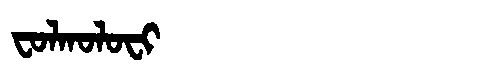
Manchu: ᠸᠣᠯᡴᠣᠯᠣᠸᡳ
Romanization: FOLKOLOFI